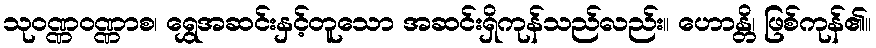
သုဝဏ္ဏဝဏ္ဏာစ၊ ရွှေအဆင်းနှင့်တူသော အဆင်းရှိကုန်သည်လည်း။ ဟောန္တိ၊ ဖြစ်ကုန်၏။